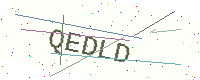
Text: QEDLD